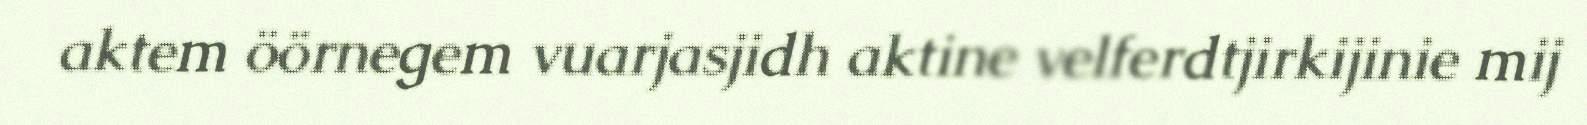
aktem öörnegem vuarjasjidh aktine velferdtjirkijinie mij